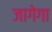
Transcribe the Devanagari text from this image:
जागेगा